Annual administration and progress report of the Indian Medical Department, Bombay
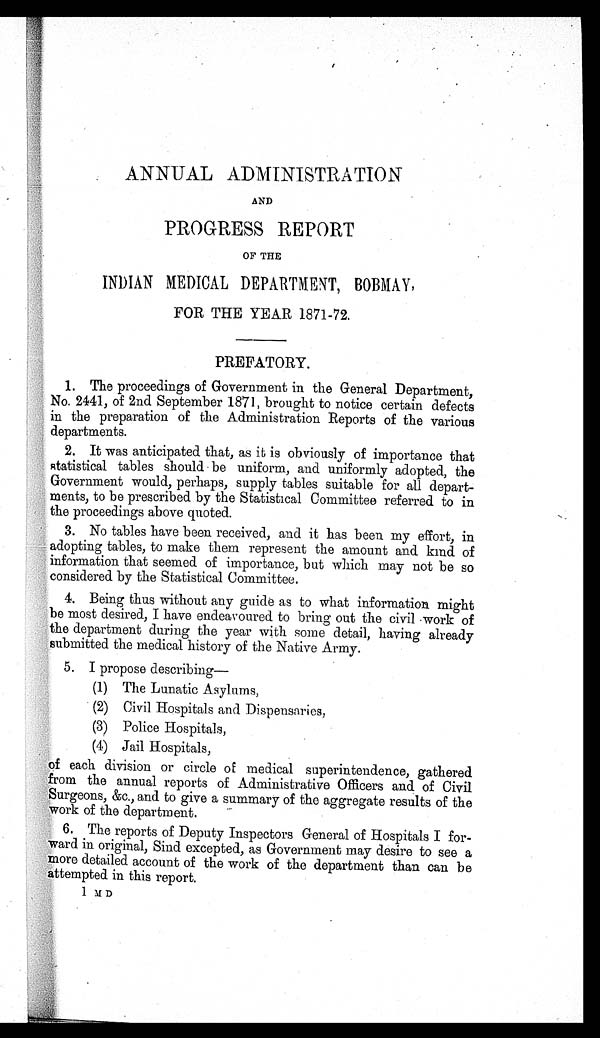
ANNUAL ADMINISTRATION
AND
PROGRESS REPORT
OF THE
INDIAN MEDICAL DEPARTMENT, BOBMAY,
FOR THE YEAR 1871-72.
PREFATORY.
1. The proceedings of Government in the General Department,
No. 2441, of 2nd September 1871, brought to notice certain defects
in the preparation of the Administration Reports of the various
departments.
2. It was anticipated that, as it is obviously of importance that
statistical tables should be uniform, and uniformly adopted, the
Government would, perhaps, supply tables suitable for all depart-
ments, to be prescribed by the Statistical Committee referred to in
the proceedings above quoted.
3. No tables have been received, and it has been my effort, in
adopting tables, to make them represent the amount and kind of
information that seemed of importance, but which may not be so
considered by the Statistical Committee.
4. Being thus without any guide as to what information might
be most desired, I have endeavoured to bring out the civil work of
the department during the year with some detail, having already
submitted the medical history of the Native Army.
5. I propose describing
—
(1) The Lunatic Asylums,
(2) Civil Hospitals and Dispensaries,
(3) Police Hospitals,
(4) Jail Hospitals,
of each division or circle of medical superintendence, gathered
from the annual reports of Administrative Officers and of Civil
Surgeons, &c., and to give a summary of the aggregate results of the
work of the department.
6. The reports of Deputy Inspectors General of Hospitals I for-
ward in original, Sind excepted, as Government may desire to see a
more detailed account of the work of the department than can be
attempted in this report.
1 M D